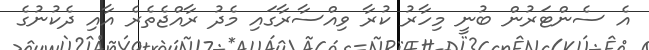
އެ ސެންޓަރުން ބުނީ މިހާރު ކުރާ ވިއްސާރާގައި މެދު ރާއްޖެތެރެ އާއި ދެކުނުގެ